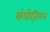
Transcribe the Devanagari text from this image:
कंपोज़िशन